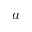
a